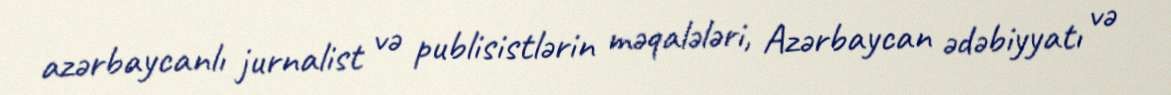
azərbaycanlı jurnalist və publisistlərin məqalələri, Azərbaycan ədəbiyyatı və